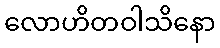
လောဟိတဝါသိနော